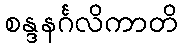
စန္ဒနင်္ဂလိကာတိ